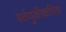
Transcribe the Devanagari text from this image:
वर्तणुकीकरिता